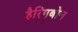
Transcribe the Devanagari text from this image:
हैरिंगबोन